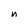
Character: n